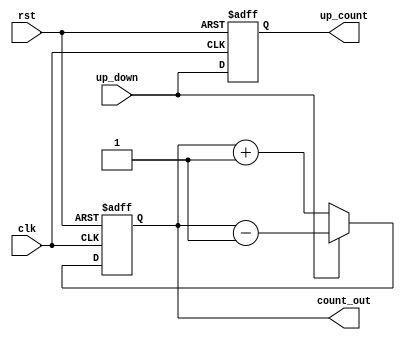
module count (
    output  reg  [15:0] count_out,
    output  reg         up_count,
    input   wire        up_down,
    input   wire        clk,
    input   wire        rst
);

always @(posedge clk, negedge rst ) begin
    if (~rst) 
         begin
         count_out <= 16'b0;
          end
    else 
         begin
             if (up_down)
              begin 
                  count_out <= count_out - 16'b1;
              end 
            else 
             begin
                count_out <= count_out + 16'b1; 
             end

        end 
    
end
always @(posedge clk , negedge rst) begin
    if (!rst)
     begin
         up_count <= 1'b0;
     end 
    else 
      begin
    up_count <= up_down;
      end
end

endmodule